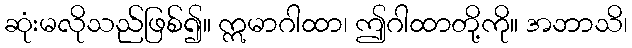
ဆုံးမလိုသည်ဖြစ်၍။ ဣမာဂါထာ၊ ဤဂါထာတို့ကို။ အဘာသိ၊